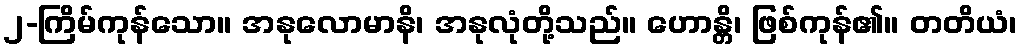
၂-ကြိမ်ကုန်သော။ အနုလောမာနိ၊ အနုလုံတို့သည်။ ဟောန္တိ၊ ဖြစ်ကုန်၏။ တတိယံ၊